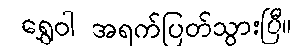
ရွှေဝါ အရက်ပြတ်သွားပြီ။